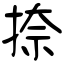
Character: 捺